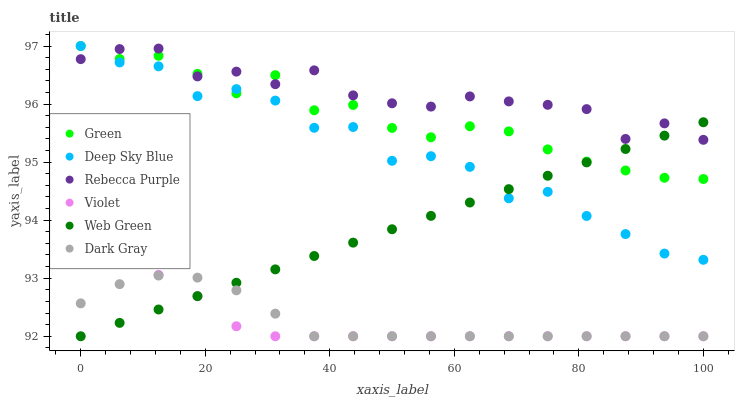
| xaxis_label | Green | Deep Sky Blue | Rebecca Purple | Violet | Web Green | Dark Gray |
 | --- | --- | --- | --- | --- | --- | --- |
 | 0 | 97 | 97 | 96.8 | 93.3 | 92 | 92.6 |
 | 6.25 | 96.8 | 96.7 | 96.9 | 93.3 | 92.2 | 92.9 |
 | 12.5 | 96.8 | 96.7 | 97 | 93.1 | 92.5 | 93 |
 | 18.8 | 96.5 | 96.1 | 96.5 | 92.7 | 92.7 | 93 |
 | 25 | 96.2 | 96.3 | 96.6 | 92.2 | 92.9 | 92.8 |
 | 31.2 | 96.5 | 96.1 | 96.3 | 92 | 93.2 | 92.4 |
 | 37.5 | 95.9 | 95.6 | 96.6 | 92 | 93.4 | 92 |
 | 43.8 | 96 | 95.6 | 96.1 | 92 | 93.6 | 92 |
 | 50 | 95.6 | 95 | 96 | 92 | 93.8 | 92 |
 | 56.2 | 95.4 | 95.1 | 96 | 92 | 94.1 | 92 |
 | 62.5 | 95.6 | 94.9 | 96.1 | 92 | 94.3 | 92 |
 | 68.8 | 95.5 | 94.4 | 96 | 92 | 94.5 | 92 |
 | 75 | 95.2 | 94.5 | 96 | 92 | 94.8 | 92 |
 | 81.2 | 95 | 94.1 | 95.9 | 92 | 95 | 92 |
 | 87.5 | 94.9 | 93.8 | 95.4 | 92 | 95.2 | 92 |
 | 93.8 | 94.7 | 93.4 | 95.7 | 92 | 95.5 | 92 |
 | 100 | 94.7 | 93.3 | 95.4 | 92 | 95.7 | 92 |